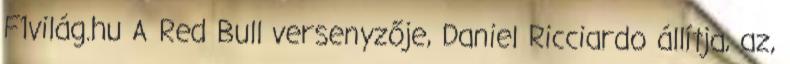
F1világ.hu A Red Bull versenyzője, Daniel Ricciardo állítja, az,